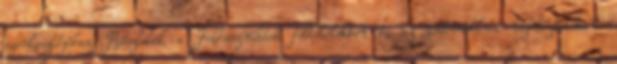
szerkesztőjéhez. Részletek a Felhasználási feltételekben és az adatvédelmi tájékoztatóban.